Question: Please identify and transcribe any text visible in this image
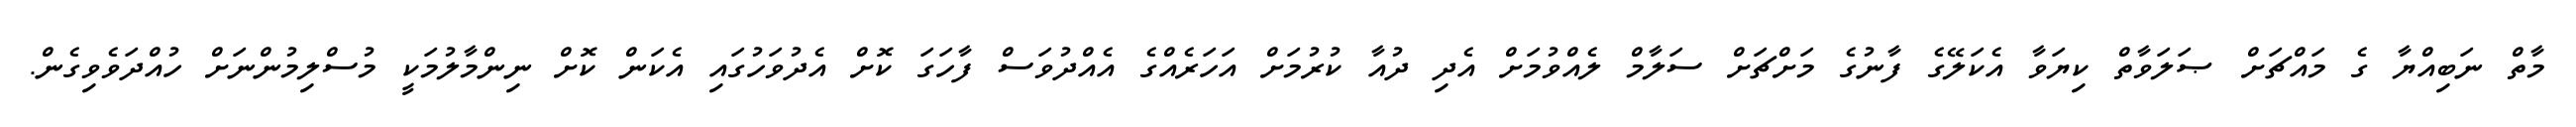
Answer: މާތް ނަބިއްޔާ ގެ މައްޗަށް ޞަލަވާތް ކިޔަވާ އެކަލޭގެ ފާނުގެ މަށްޗަށް ސަލާމް ލެއްވުމަށް އެދި ދުއާ ކުރުމަށް އަހަރެއްގެ އެއްދުވަސް ފާހަގަ ކޮށް އެދުވަހުގައި އެކަން ކޮށް ނިންމާލުމަކީ މުސްލިމުންނަށް ހުއްދަވެވިގެން.